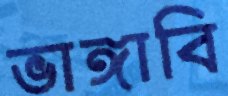
ভাঙ্গাবি